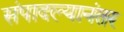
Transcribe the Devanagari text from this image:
संपादल्यानंतर